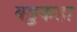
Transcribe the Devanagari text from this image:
बड्ढकहा